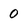
Character: 0